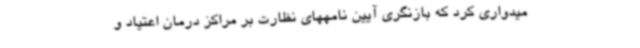
میدواری کرد که بازنگری آیین نامههای نظارت بر مراکز درمان اعتیاد و